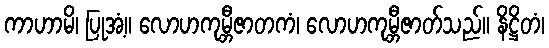
ကာဟာမိ၊ ပြုအံ့။ လောဟကုမ္ဘီဇာတကံ၊ လောဟကုမ္ဘီဇာတ်သည်။ နိဋ္ဌိတံ၊